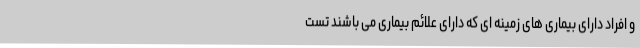
و افراد دارای بیماری های زمینه ای که دارای علائم بیماری می باشند تست